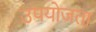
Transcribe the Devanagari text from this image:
उपयोजता